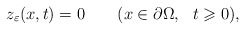
\begin{align*}z_\varepsilon(x,t)=0 \qquad(x\in\partial\Omega,\ \ t\geqslant 0),\end{align*}